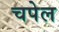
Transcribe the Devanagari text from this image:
चपेल